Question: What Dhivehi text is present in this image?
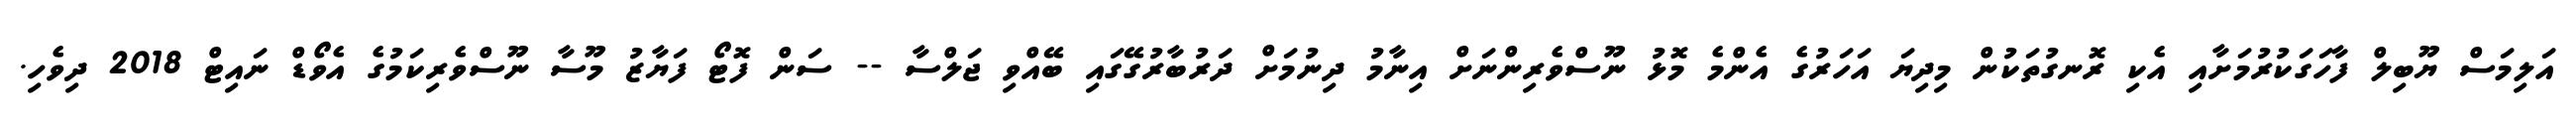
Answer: އަލިމަސް ޔޫބިލް ފާހަގަކުރުމަށާއި އެކި ރޮނގުތަކުން މިދިޔަ އަހަރުގެ އެންމެ މޮޅު ނޫސްވެރިންނަށް އިނާމު ދިނުމަށް ދަރުބާރުގޭގައި ބޭއްވި ޖަލްސާ -- ސަން ފޮޓޯ ފަޔާޒު މޫސާ ނޫސްވެރިކަމުގެ އެވޯޑް ނައިޓް 2018 ދިވެހި.